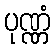
ပုဏ္ဏံ